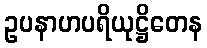
ဥပနာဟပရိယုဋ္ဌိတေန